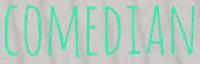
COMEDIAN